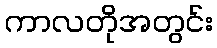
ကာလတိုအတွင်း